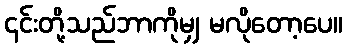
၎င်းတို့သည်ဘာကိုမျှ မလိုတော့ပေ။